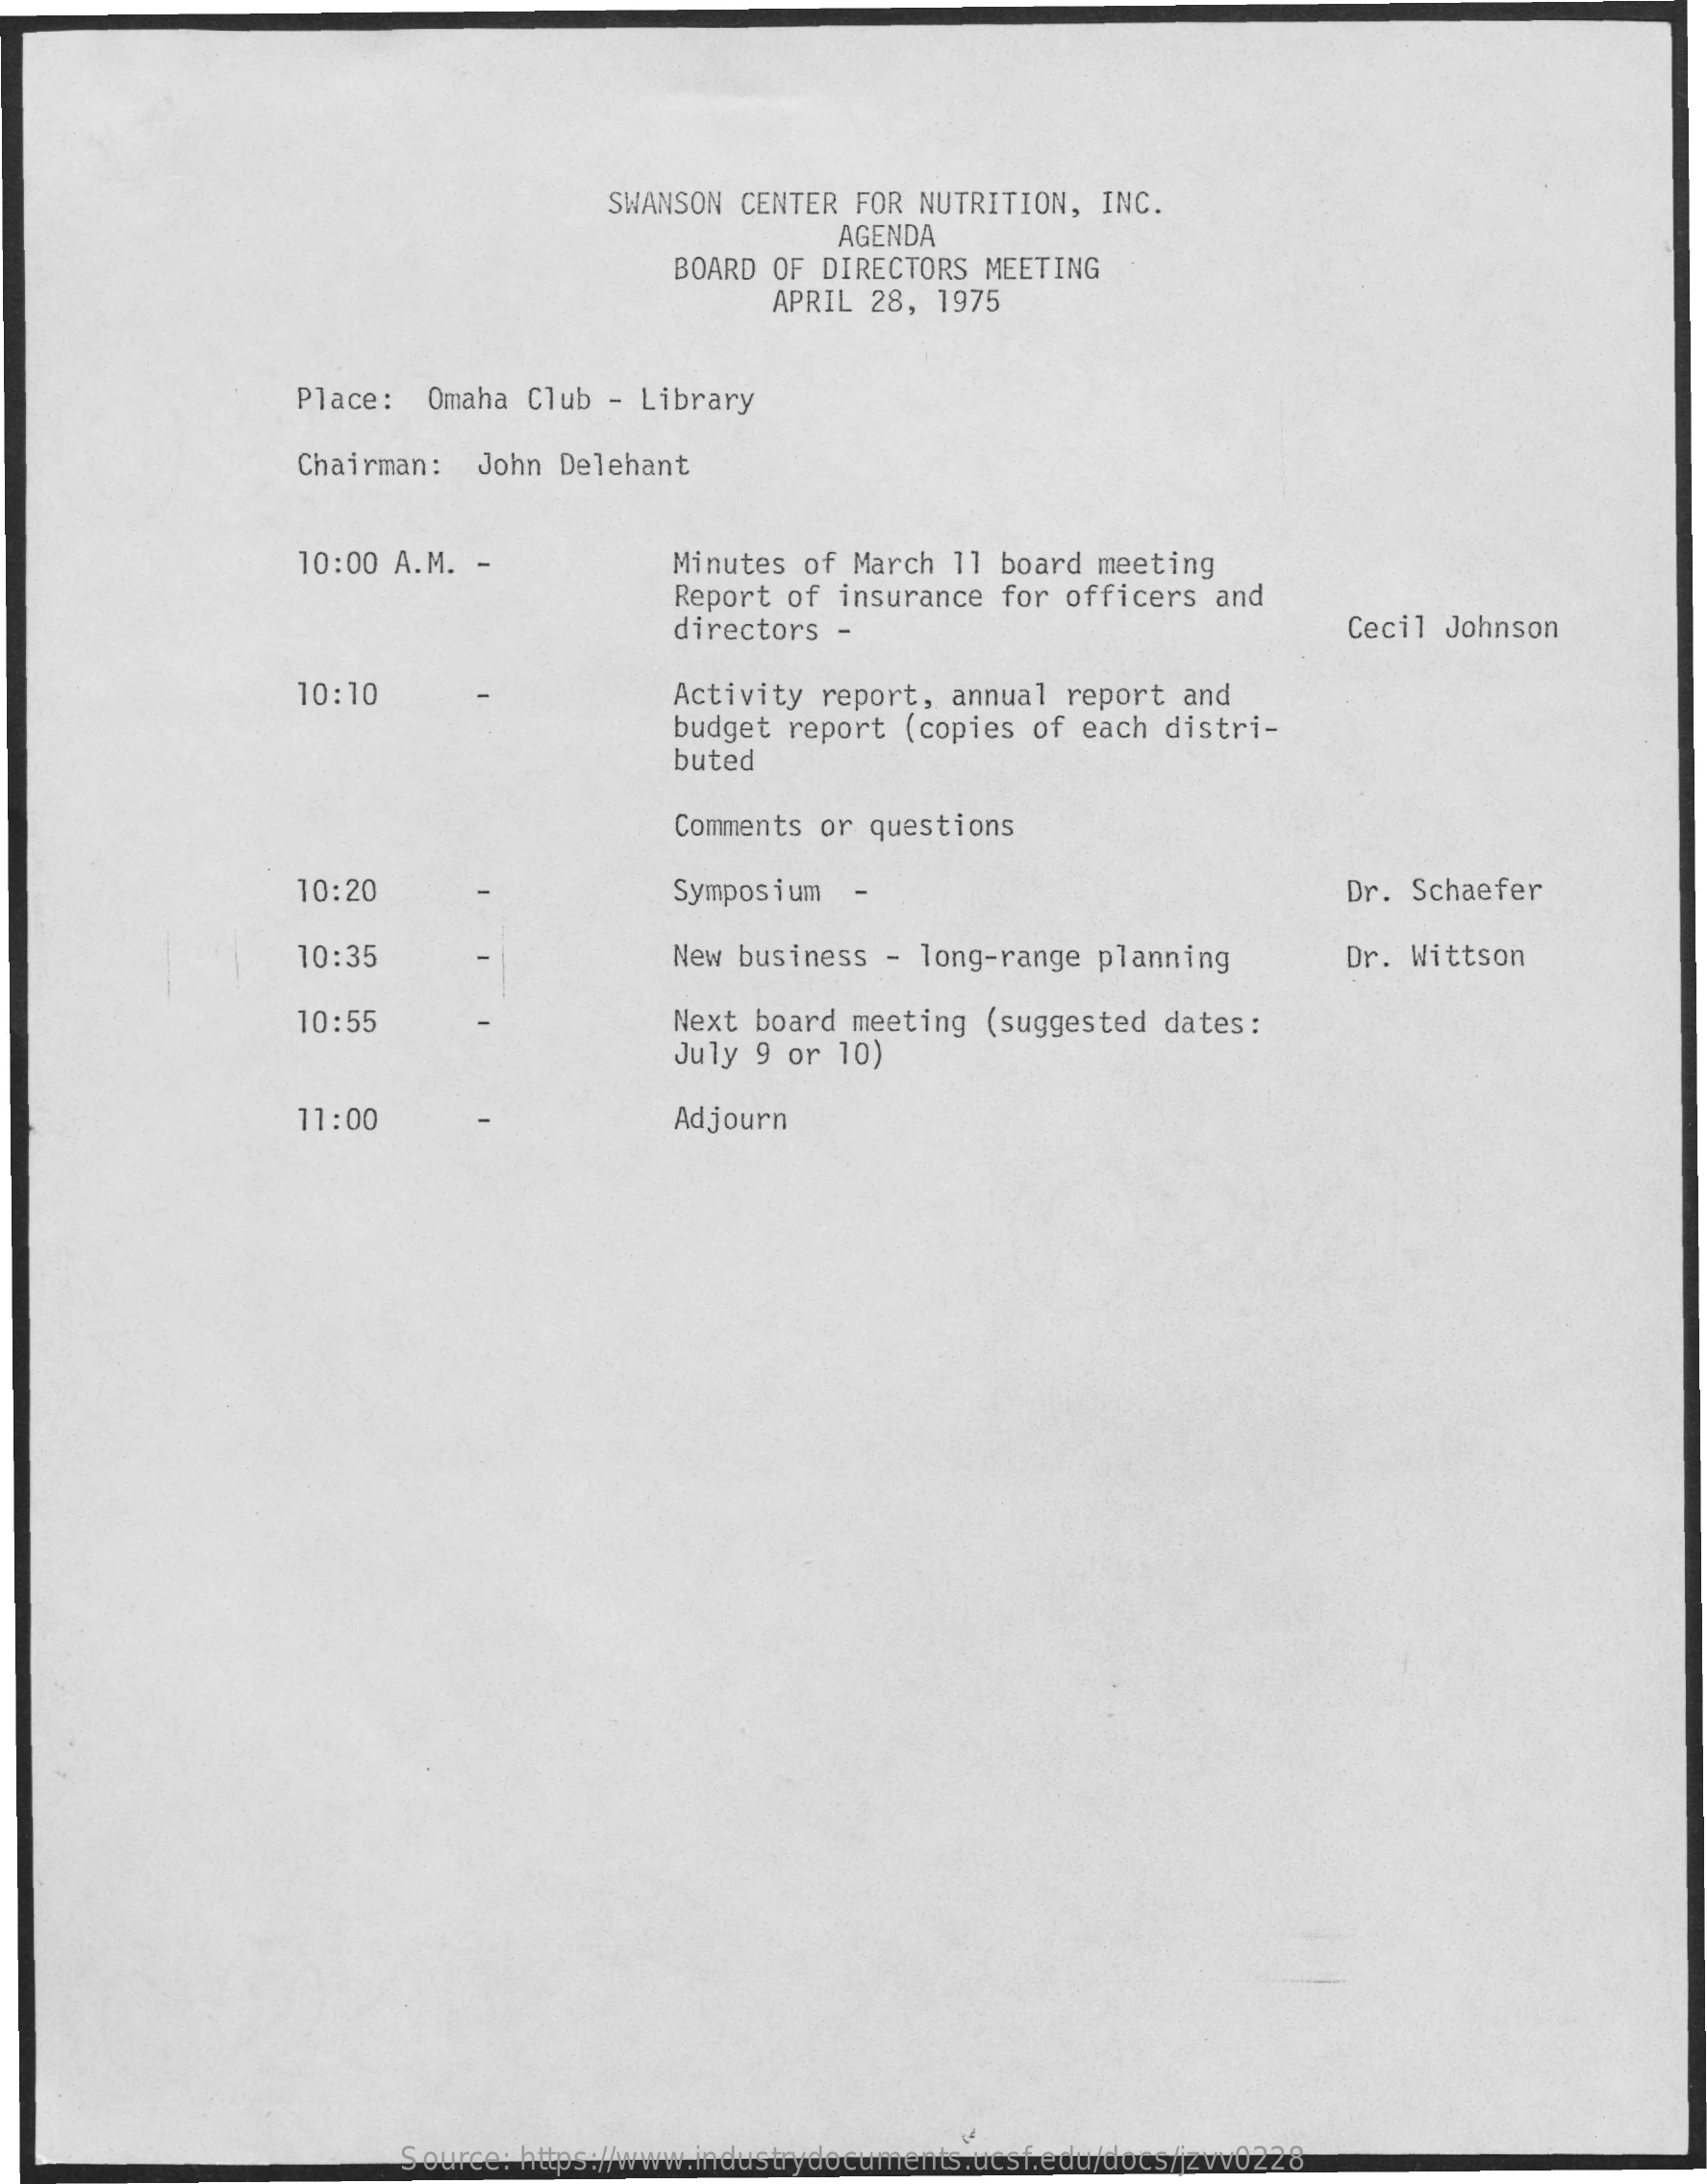
SWANSON CENTER  FOR NUTRITION,  INC.
     AGENDA
     BOARD OF  DIRECTORS MEETING
     APRIL 28, 1975
     Place:   Omaha Club  - Library
     Chairman:  John Delehant
     10:00 A.M. -    Minutes of  March 11 board  meeting
     Report of  insurance  for officers and
     directors  -    Cecil Johnson
     10:10    Activity  report, annual  report and
     budget report  (copies of  each distri-
     buted
     Comments or  questions
     10:20    Symposium   -    Dr. Schaefer
     10:35    New business  - long-range  planning    Dr. Wittson
     10:55    Next board  meeting (suggested  dates :
     July 9 or  10)
     11:00    Adjourn
     Source: https://www.industrydocuments.ucsf.edu/docs/jzvv0228